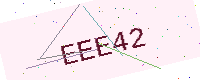
Text: EEE42